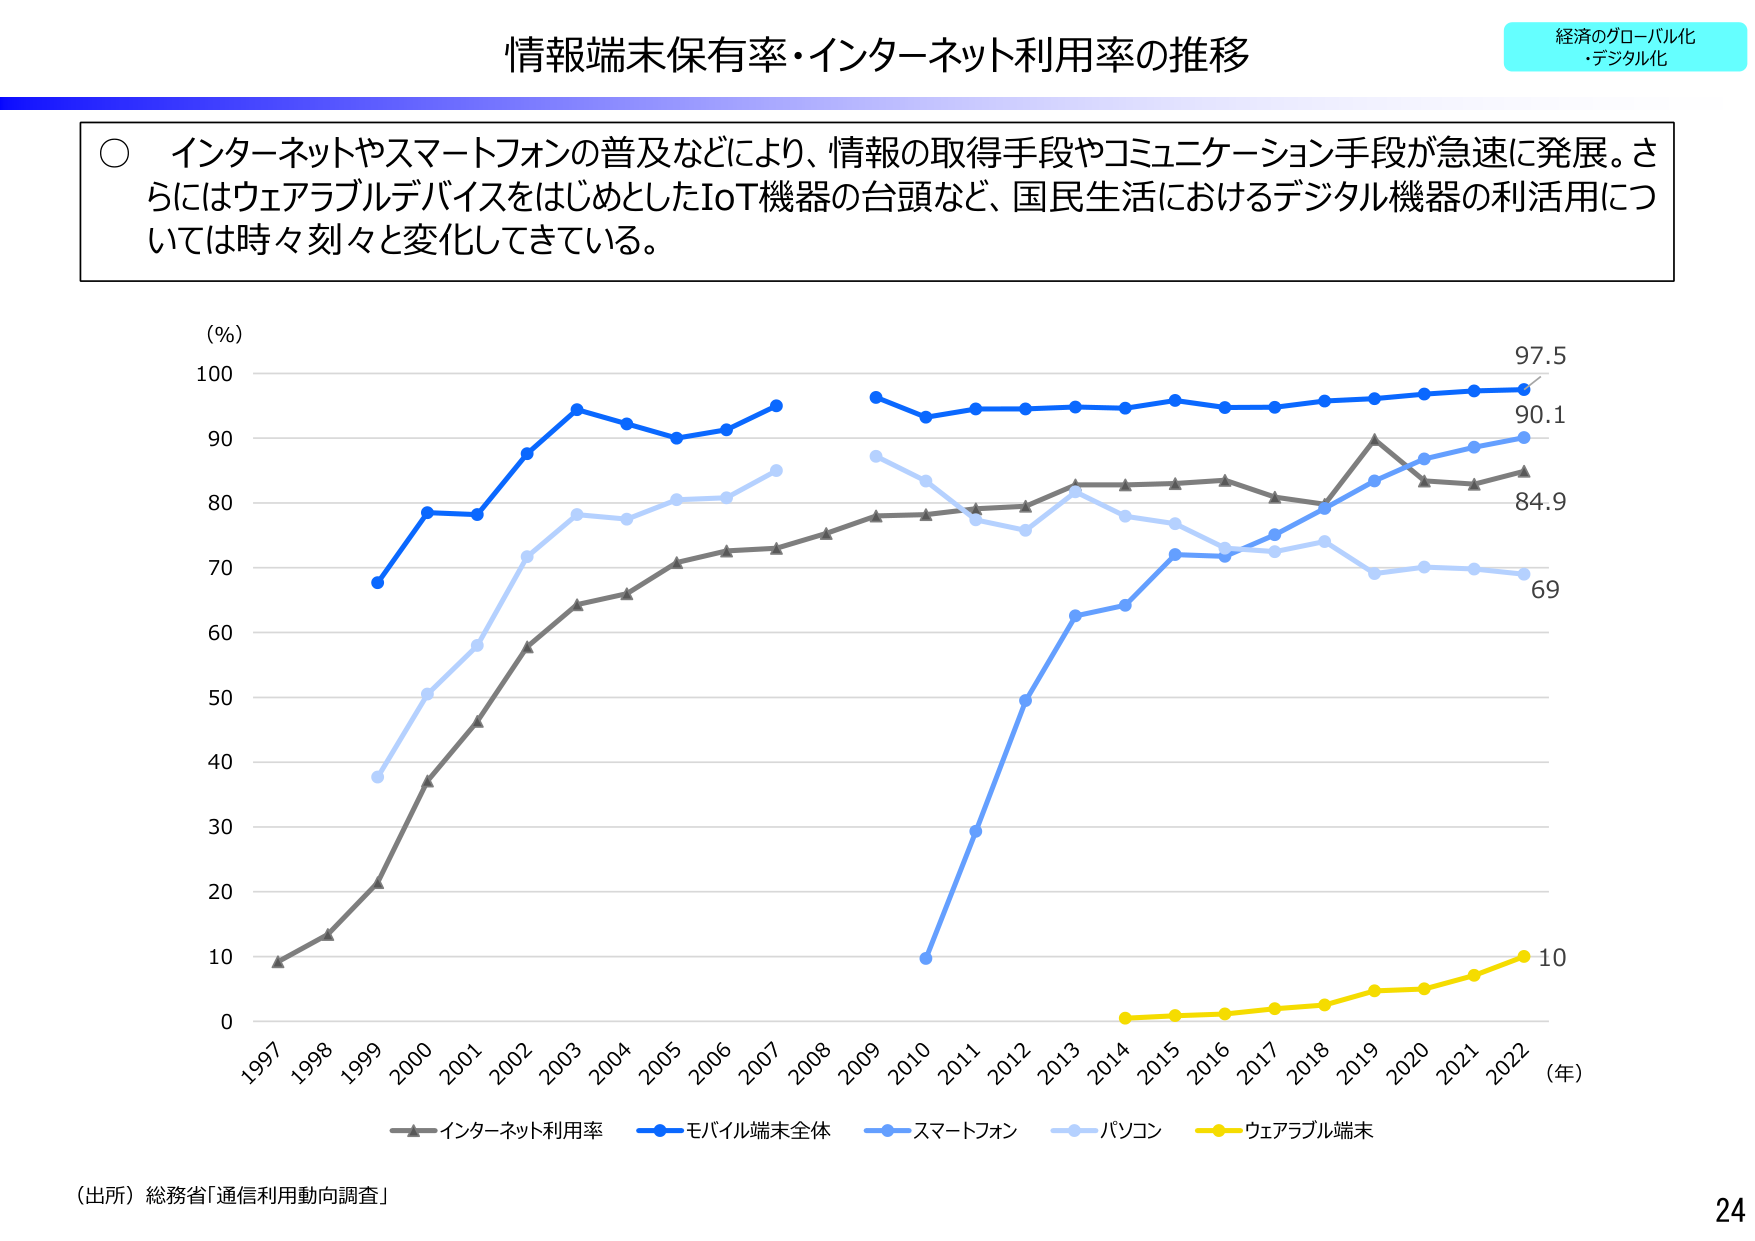
情報端末保有率・インターネット利用率の推移

経済のグローバル化
・デジタル化

○ インターネットやスマートフォンの普及などにより、情報の取得手段やコミュニケーション手段が急速に発展。さらにはウェアラブルデバイスをはじめとしたIoT機器の台頭など、国民生活におけるデジタル機器の利活用については時々刻々と変化してきている。

(%)
100
90
80
70
60
50
40
30
20
10
0

1997 1998 1999 2000 2001 2002 2003 2004 2005 2006 2007 2008 2009 2010 2011 2012 2013 2014 2015 2016 2017 2018 2019 2020 2021 2022 (年)

97.5
90.1
84.9
69
10

▲インターネット利用率
●モバイル端末全体
○スマートフォン
○パソコン
○ウェアラブル端末

（出所）総務省「通信利用動向調査」

24